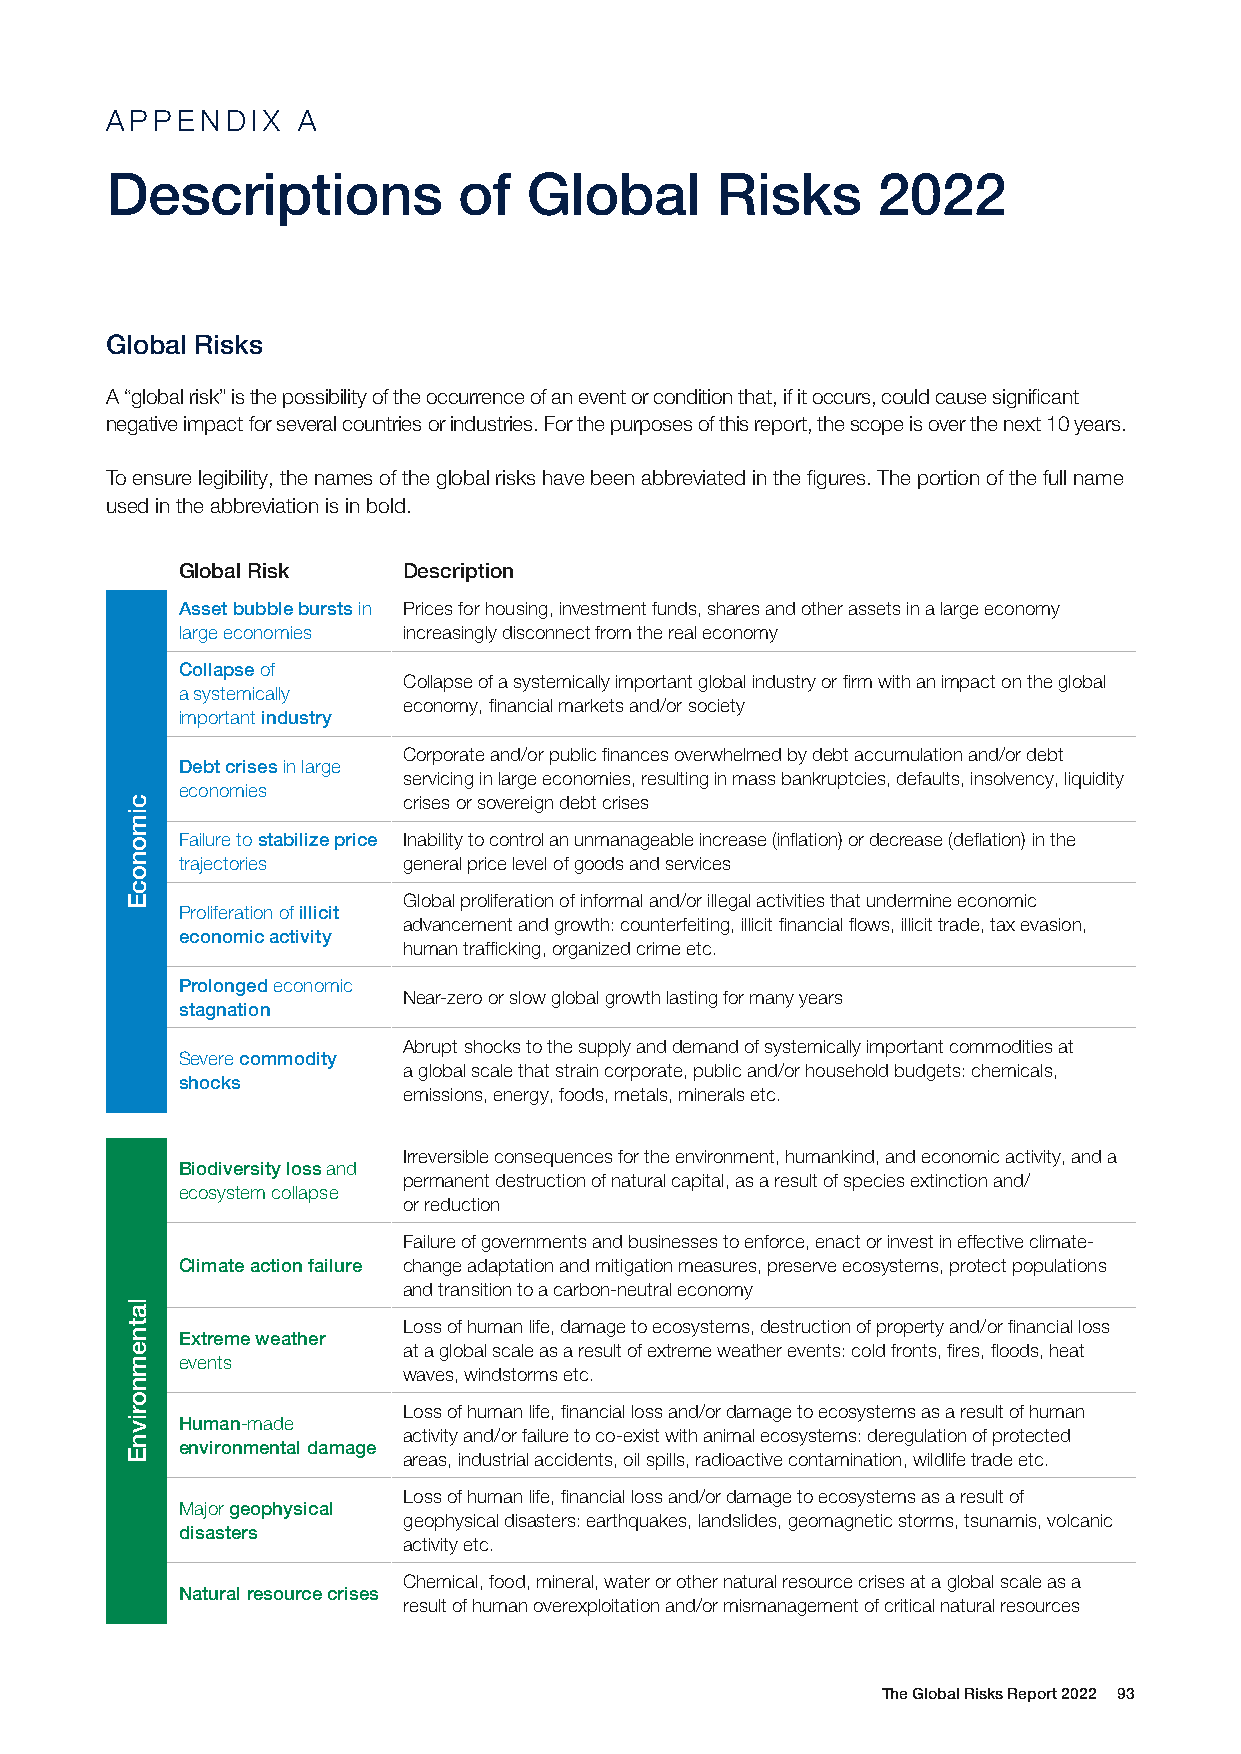
APPENDIX     A
 Descriptions           of   Global      Risks      2022
 Global Risks
 A “global risk” is the possibility of the occurrence of an event or condition that, if it occurs, could cause significant
 negative impact for several countries or industries. For the purposes of this report, the scope is over the next 10 years.
 To ensure legibility, the names of the global risks have been abbreviated in the figures. The portion of the full name
 used in the abbreviation is in bold.
 Global Risk    Description
 Asset bubble bursts in Prices for housing, investment funds, shares and other assets in a large economy
 large economies increasingly disconnect from the real economy
 Collapse of
 Collapse of a systemically important global industry or firm with an impact on the global
 a systemically
 economy, financial markets and/or society
 important industry
 Corporate and/or public finances overwhelmed by debt accumulation and/or debt
 Debt crises in large
 servicing in large economies, resulting in mass bankruptcies, defaults, insolvency, liquidity
 economies
 crises or sovereign debt crises
 Failure to stabilize price Inability to control an unmanageable increase (inflation) or decrease (deflation) in the
 trajectories   general price level of goods and services
 Global proliferation of informal and/or illegal activities that undermine economic
 Proliferation of illicit
 advancement and growth: counterfeiting, illicit financial flows, illicit trade, tax evasion,
 economic activity
 human trafficking, organized crime etc.
 Prolonged economic
 Near-zero or slow global growth lasting for many years
 stagnation
 Abrupt shocks to the supply and demand of systemically important commodities at
 Severe commodity
 a global scale that strain corporate, public and/or household budgets: chemicals,
 shocks
 emissions, energy, foods, metals, minerals etc.
 Irreversible consequences for the environment, humankind, and economic activity, and a
 Biodiversity loss and
 permanent destruction of natural capital, as a result of species extinction and/
 ecosystem collapse
 or reduction
 Failure of governments and businesses to enforce, enact or invest in effective climate-
 Climate action failure change adaptation and mitigation measures, preserve ecosystems, protect populations
 and transition to a carbon-neutral economy
 Loss of human life, damage to ecosystems, destruction of property and/or financial loss
 Extreme weather
 at a global scale as a result of extreme weather events: cold fronts, fires, floods, heat
 events
 waves, windstorms etc.
 Loss of human life, financial loss and/or damage to ecosystems as a result of human
 Human-made
 activity and/or failure to co-exist with animal ecosystems: deregulation of protected
 environmental damage
 areas, industrial accidents, oil spills, radioactive contamination, wildlife trade etc.
 Loss of human life, financial loss and/or damage to ecosystems as a result of
 Major geophysical
 geophysical disasters: earthquakes, landslides, geomagnetic storms, tsunamis, volcanic
 disasters
 activity etc.
 Chemical, food, mineral, water or other natural resource crises at a global scale as a
 Natural resource crises
 result of human overexploitation and/or mismanagement of critical natural resources
 The Global Risks Report 2022 93
 cimonocE
 latnemnorivnE